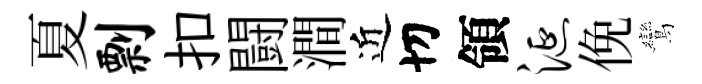
夏剽扣闘澗近切領涎俛鸞